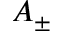
A _ { \pm }